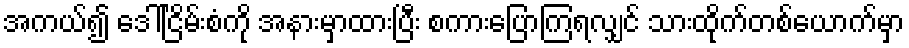
အကယ်၍ ဒေါ်ငြိမ်းစံကို အနားမှာထားပြီး စကားပြောကြရလျှင် သားထိုက်တစ်ယောက်မှာ